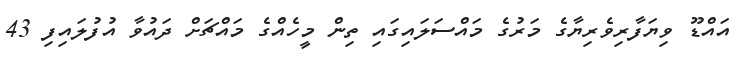
އައްޑޫ ވިޔަފާރިވެރިޔާގެ މަރުގެ މައްސަލައިގައި ތިން މީހެއްގެ މައްޗަށް ދައުވާ އުފުލައިފި 43